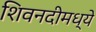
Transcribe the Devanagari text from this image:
शिवनदीमध्ये